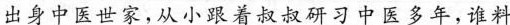
出身中医世家，从小跟着叔叔研习中医多年，谁料